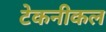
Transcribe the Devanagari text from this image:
टेकनीकल